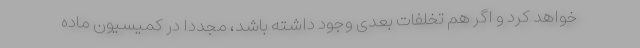
خواهد کرد و اگر هم تخلفات بعدی وجود داشته باشد، مجددا در کمیسیون ماده